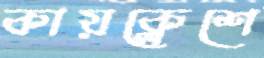
কায়ক্লেশে